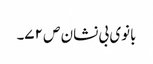
بانوی بی نشان ص ۷۲۔